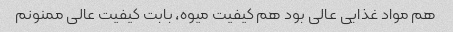
هم مواد غذایی عالی بود هم کیفیت میوه، بابت کیفیت عالی ممنونم